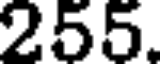
255.